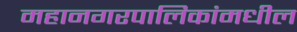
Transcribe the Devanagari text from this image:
महानगरपालिकांमधील